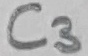
Text: C3